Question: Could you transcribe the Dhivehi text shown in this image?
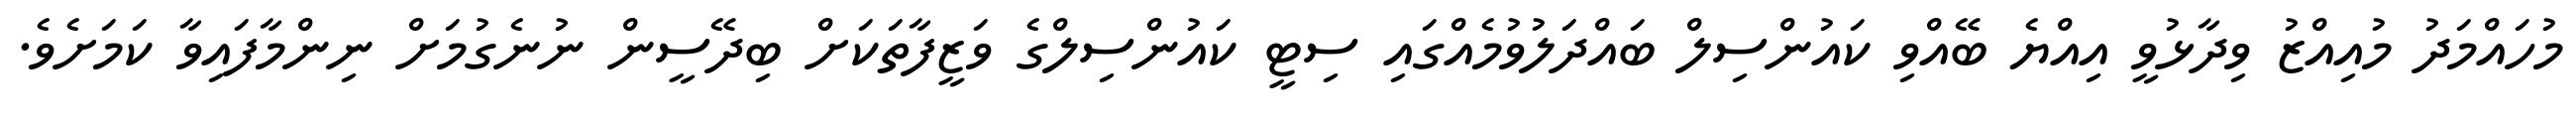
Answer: މުހައްމަދު މުއިއްޒު ވިދާޅުވީ އިއްޔެ ބޭއްވި ކައުންސިލް ބައްދަލުވުމެއްގައި ސިޓީ ކައުންސިލްގެ ވަޒީފާތަކަށް ބިދޭސީން ނުނެގުމަށް ނިންމާފައިވާ ކަމަށެވެ.